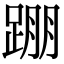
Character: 𨂃